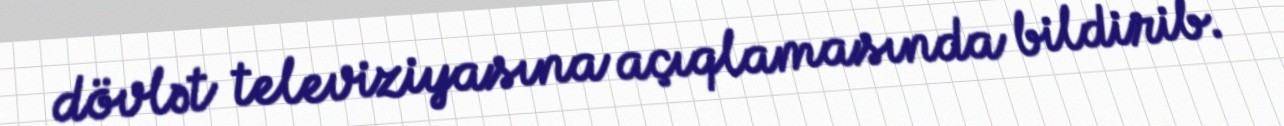
dövlət televiziyasına açıqlamasında bildirib.